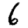
Digit: 6